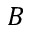
B